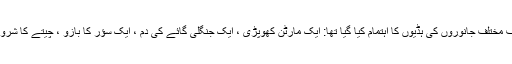
لوگ اس کے جسم کے چاروں طرف مختلف جانوروں کی ہڈیوں کا اہتمام کیا گیا تھا: ایک مارٹن کھوپڑی ، ایک جنگلی گائے کی دم ، ایک سؤر کا بازو ، چیتے کا شرونی ، عقاب کا بازو اور انسانی پاؤں۔